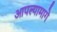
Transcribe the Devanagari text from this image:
आपल्यामागे